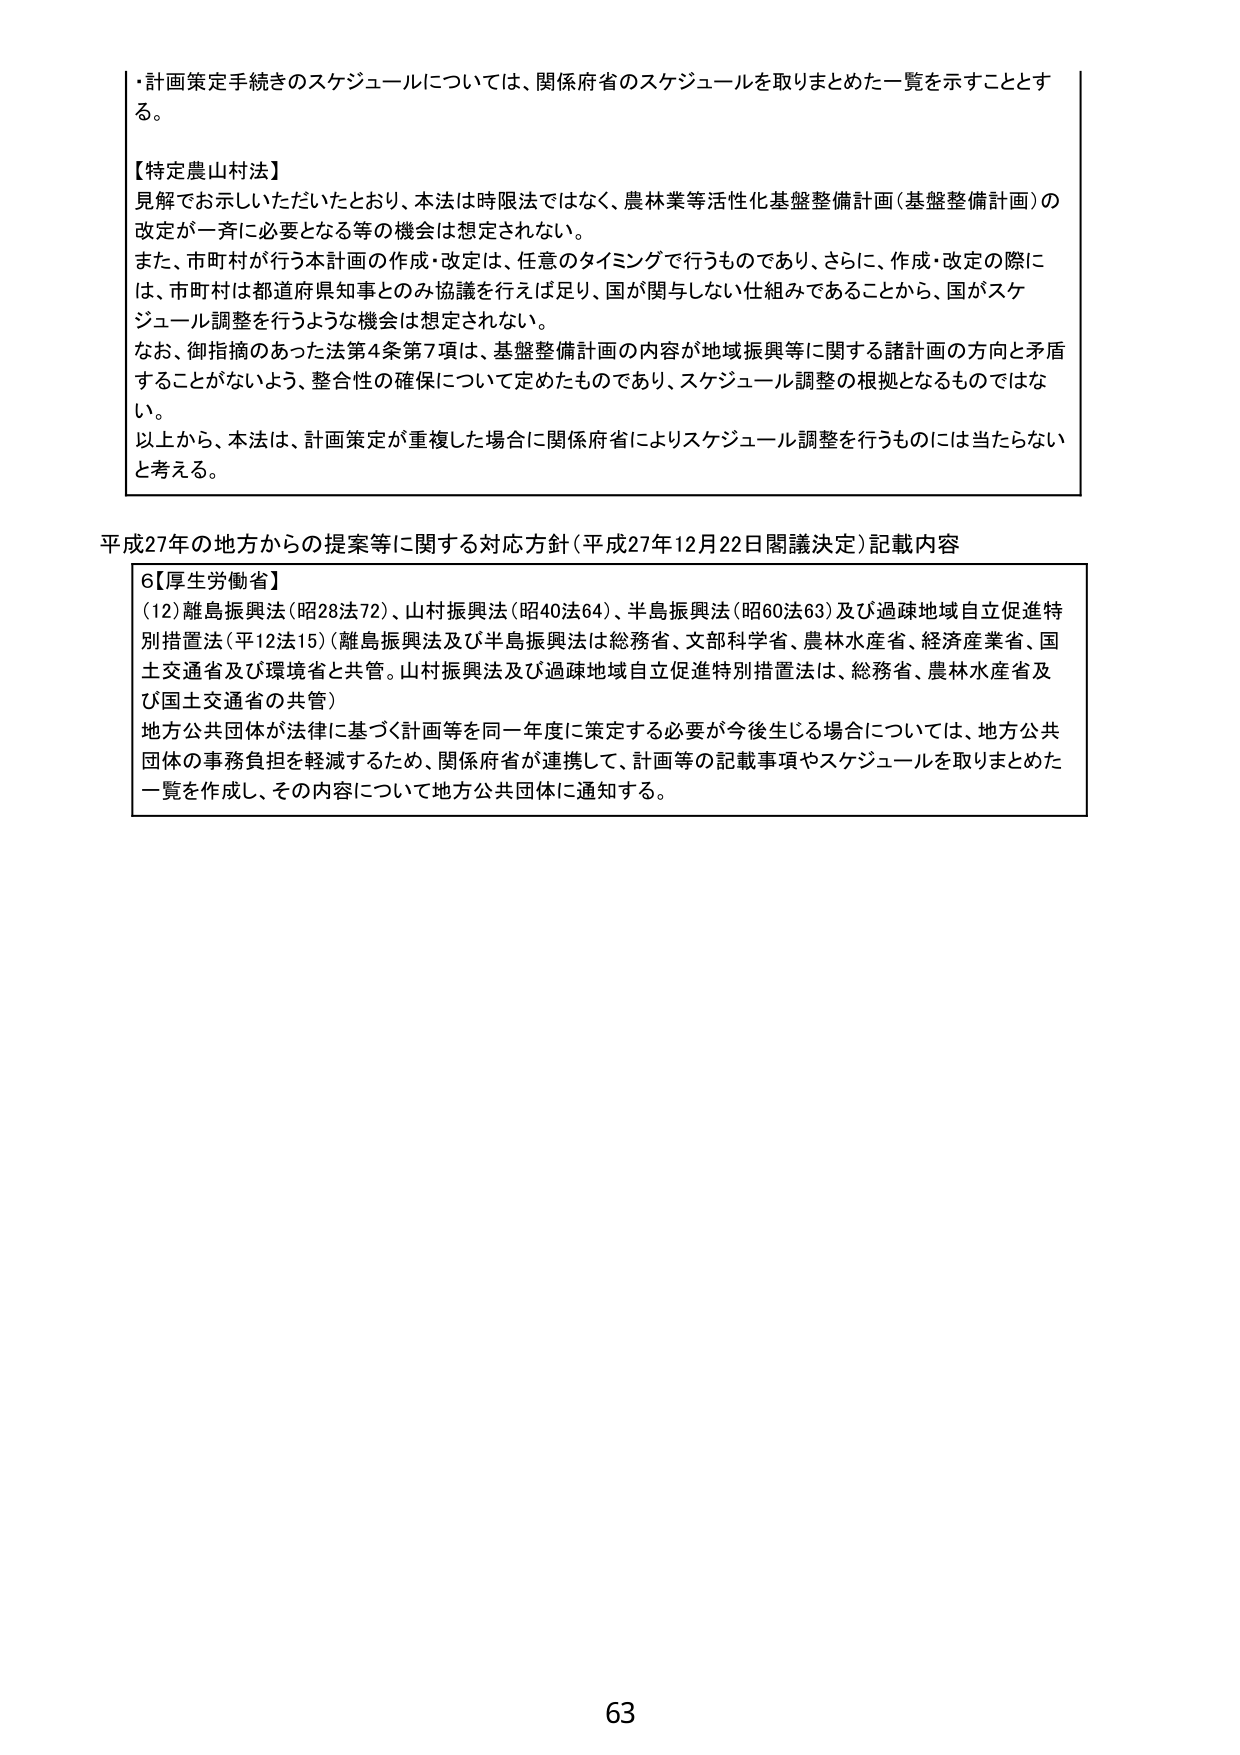
・計画策定手続きのスケジュールについては、関係府省のスケジュールを取りまとめた一覧を示すこととする。

【特定農山村法】
見解でお示しいただいたとおり、本法は時限法ではなく、農林業等活性化基盤整備計画（基盤整備計画）の改定が一斉に必要となる等の機会は想定されない。
また、市町村が行う本計画の作成・改定は、任意のタイミングで行うものであり、さらに、作成・改定の際には、市町村は都道府県知事とのみ協議を行えば足り、国が関与しない仕組みであることから、国がスケジュール調整を行うような機会は想定されない。
なお、御指摘のあった法第4条第7項は、基盤整備計画の内容が地域振興等に関する諸計画の方向と矛盾することががないよう、整合性の確保について定めたものであり、スケジュール調整の根拠となるものではない。
以上から、本法は、計画策定が重複した場合に関係府省によりスケジュール調整を行うものには当たらないと考える。

平成27年の地方からの提案等に関する対応方針（平成27年12月22日閣議決定）記載内容

6【厚生労働省】
(12) 離島振興法（昭28法72）、山村振興法（昭40法64）、半島振興法（昭60法63）及び過疎地域自立促進特別措置法（平12法15）（離島振興法及び半島振興法は総務省、文部科学省、農林水産省、経済産業省、国土交通省及び環境省と共管。山村振興法及び過疎地域自立促進特別措置法は、総務省、農林水産省及び国土交通省の共管）
地方公共団体が法律に基づく計画等を同一年度に策定する必要が今後生じる場合については、地方公共団体の事務負担を軽減するため、関係府省が連携して、計画等の記載事項やスケジュールを取りまとめた一覧を作成し、その内容について地方公共団体に通知する。

63